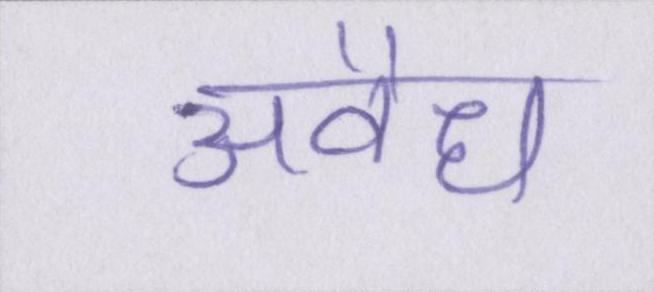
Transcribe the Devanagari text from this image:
अवैध